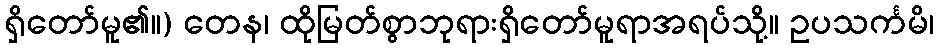
ရှိတော်မူ၏။) တေန၊ ထိုမြတ်စွာဘုရားရှိတော်မူရာအရပ်သို့။ ဥပသင်္ကမိ၊